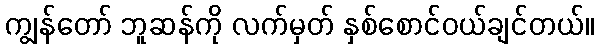
ကျွန်တော် ဘူဆန်ကို လက်မှတ် နှစ်စောင်ဝယ်ချင်တယ်။